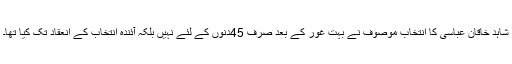
شاہد خاقان عباسی کا انتخاب موصوف نے بہت غور کے بعد صرف 45دنوں کے لئے نہیں بلکہ آئندہ انتخاب کے انعقاد تک کیا تھا۔